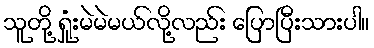
သူတို့ ရှုံးမဲမဲမယ်လို့လည်း ပြောပြီးသားပါ။